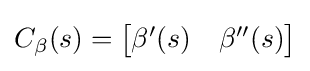
C_{\beta }(s)={\begin{bmatrix}\beta '(s)&\beta ''(s)\end{bmatrix}}